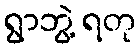
ရွာဘွဲ့ ရတု